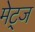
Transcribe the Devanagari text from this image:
मेट्ज